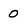
Character: 0